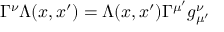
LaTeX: \Gamma ^ { \nu } \Lambda ( x , x ^ { \prime } ) = \Lambda ( x , x ^ { \prime } ) \Gamma ^ { \mu ^ { \prime } } g _ { \mu ^ { \prime } } ^ { \nu }